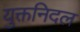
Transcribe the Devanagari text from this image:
युक्तनिदल